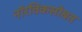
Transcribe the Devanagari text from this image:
नॉरविकसोबत